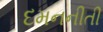
દમનનીતી